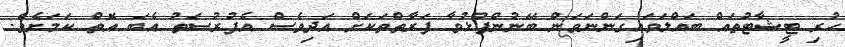
ހުރި ޓީޝާޓުތައް ބައްލަވައިގަންނަވަން ބޭނުންފުޅުވާ ފަރާތްތަކަށް އަދިވެސް އެފުރުސަތު އެބަ އޮތް ކަމަށެވެ.